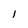
Character: I